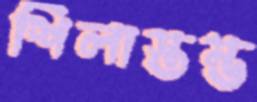
শিলাস্তম্ভ